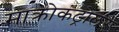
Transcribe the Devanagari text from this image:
माक्रोकंट्रोलर